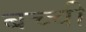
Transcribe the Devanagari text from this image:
बच्‍ची